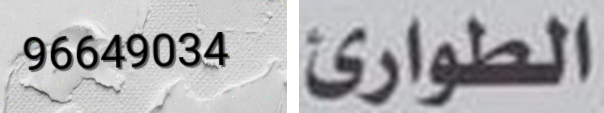
96649034 الطوارئ